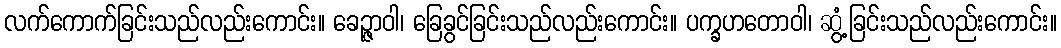
လက်ကောက်ခြင်းသည်လည်းကောင်း။ ခေဉ္ဇာဝါ၊ ခြေခွင်ခြင်းသည်လည်းကောင်း။ ပက္ခဟတောဝါ၊ ဆွံ့ခြင်းသည်လည်းကောင်း။